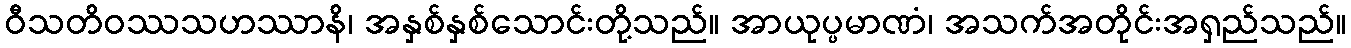
ဝီသတိဝဿသဟဿာနိ၊ အနှစ်နှစ်သောင်းတို့သည်။ အာယုပ္ပမာဏံ၊ အသက်အတိုင်းအရှည်သည်။